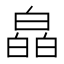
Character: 皛